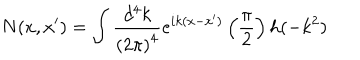
N ( x , x ^ { \prime } ) = \int \frac { d ^ { 4 } k } { \left( 2 \pi \right) ^ { 4 } } e ^ { i k ( x - x ^ { \prime } ) } \left( \frac \pi 2 \right) h ( - k ^ { 2 } )